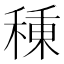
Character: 𥠗